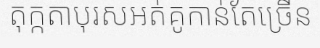
តុក្កតាបុរសអត់គូកាន់តែច្រើន